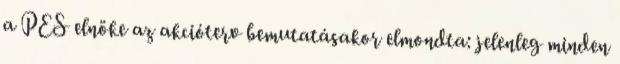
a PES elnöke az akcióterv bemutatásakor elmondta: jelenleg minden